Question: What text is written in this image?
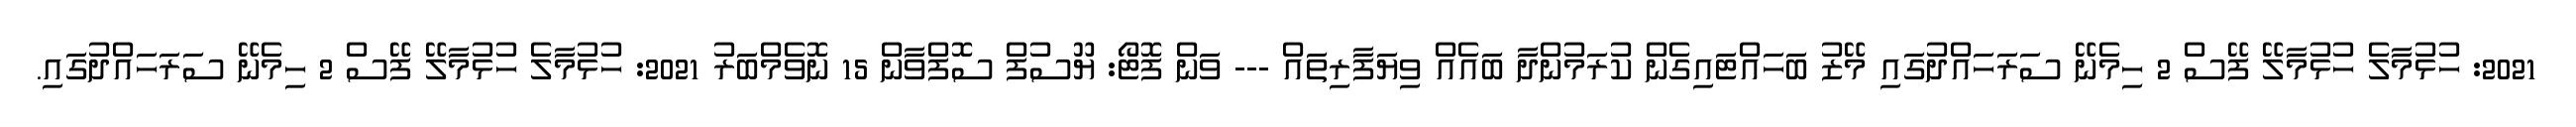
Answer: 2021: ހުޅުމާލެ ހުޅުމާލޭ ފޭސް 2 ހިމެނޭ ސަރަހައްދުގައި މޭޒު ބަހައްޓައިގެން ކުރަމުންދާ ބައެއް ވިޔަފާރިތައް --- ވަން ފޮޓޯ: ޔޫސުފް ސޮފްވާން 15 ނޮވެމްބަރު 2021: ހުޅުމާލެ ހުޅުމާލޭ ފޭސް 2 ހިމެނޭ ސަރަހައްދުގައި.